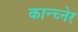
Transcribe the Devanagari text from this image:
कान्च्नेर